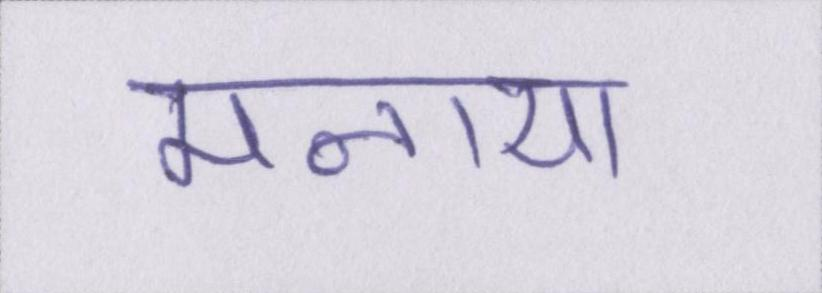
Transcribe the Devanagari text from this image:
मनाया।